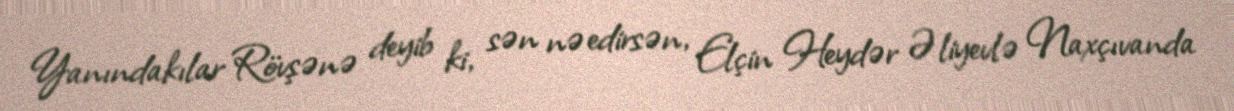
Yanındakılar Rövşənə deyib ki, sən nə edirsən, Elçin Heydər Əliyevlə Naxçıvanda